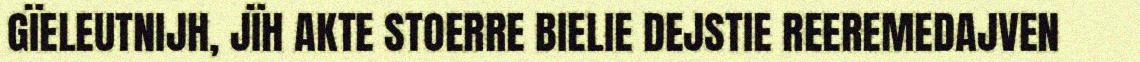
GÏELEUTNIJH, JÏH AKTE STOERRE BIELIE DEJSTIE REEREMEDAJVEN